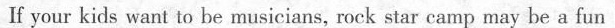
If your kids want in be musicians, rock star camp may be a fun